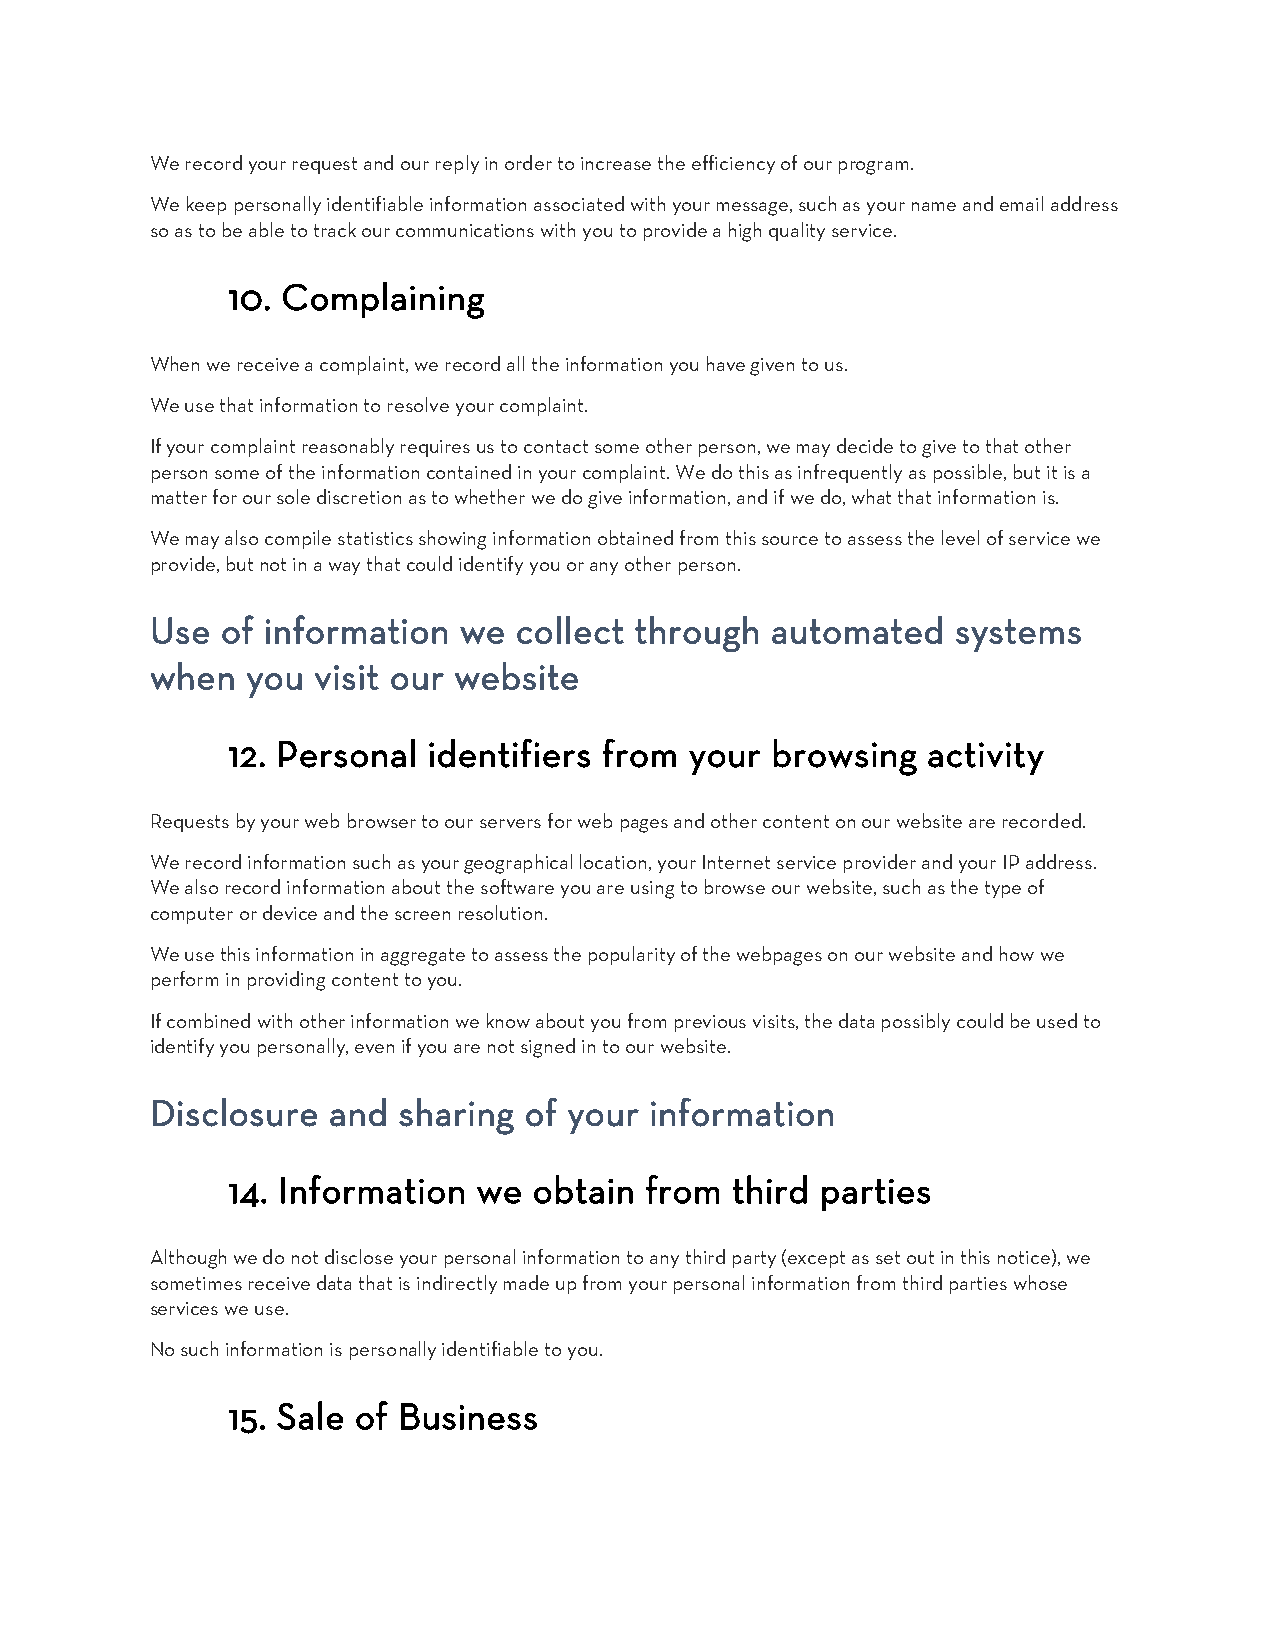
We record your request and our reply in order to increase the efficiency of our program.
 We keep personally identifiable information associated with your message, such as your name and email address
 so as to be able to track our communications with you to provide a high quality service.
 10. Complaining
 When we receive a complaint, we record all the information you have given to us.
 We use that information to resolve your complaint.
 If your complaint reasonably requires us to contact some other person, we may decide to give to that other
 person some of the information contained in your complaint. We do this as infrequently as possible, but it is a
 matter for our sole discretion as to whether we do give information, and if we do, what that information is.
 We may also compile statistics showing information obtained from this source to assess the level of service we
 provide, but not in a way that could identify you or any other person.
 Use  of information we  collect through  automated   systems
 when  you  visit our website
 12. Personal identifiers from  your browsing  activity
 Requests by your web browser to our servers for web pages and other content on our website are recorded.
 We record information such as your geographical location, your Internet service provider and your IP address.
 We also record information about the software you are using to browse our website, such as the type of
 computer or device and the screen resolution.
 We use this information in aggregate to assess the popularity of the webpages on our website and how we
 perform in providing content to you.
 If combined with other information we know about you from previous visits, the data possibly could be used to
 identify you personally, even if you are not signed in to our website.
 Disclosure  and sharing  of your information
 14. Information  we obtain  from third parties
 Although we do not disclose your personal information to any third party (except as set out in this notice), we
 sometimes receive data that is indirectly made up from your personal information from third parties whose
 services we use.
 No such information is personally identifiable to you.
 15. Sale of Business